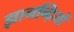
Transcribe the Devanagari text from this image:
ज्ञानन्द्रियों